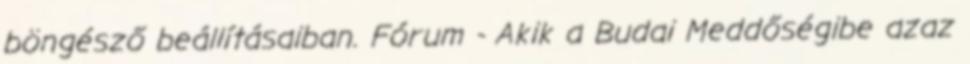
böngésző beállításaiban. Fórum - Akik a Budai Meddőségibe azaz